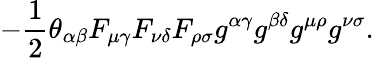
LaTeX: -\frac 12\theta_{\alpha\beta}F_{\mu\gamma}F_{\nu\delta}F_{\rho\sigma}g^{\alpha\gamma}g^{\beta\delta}g^{\mu\rho}g^{\nu\sigma}.